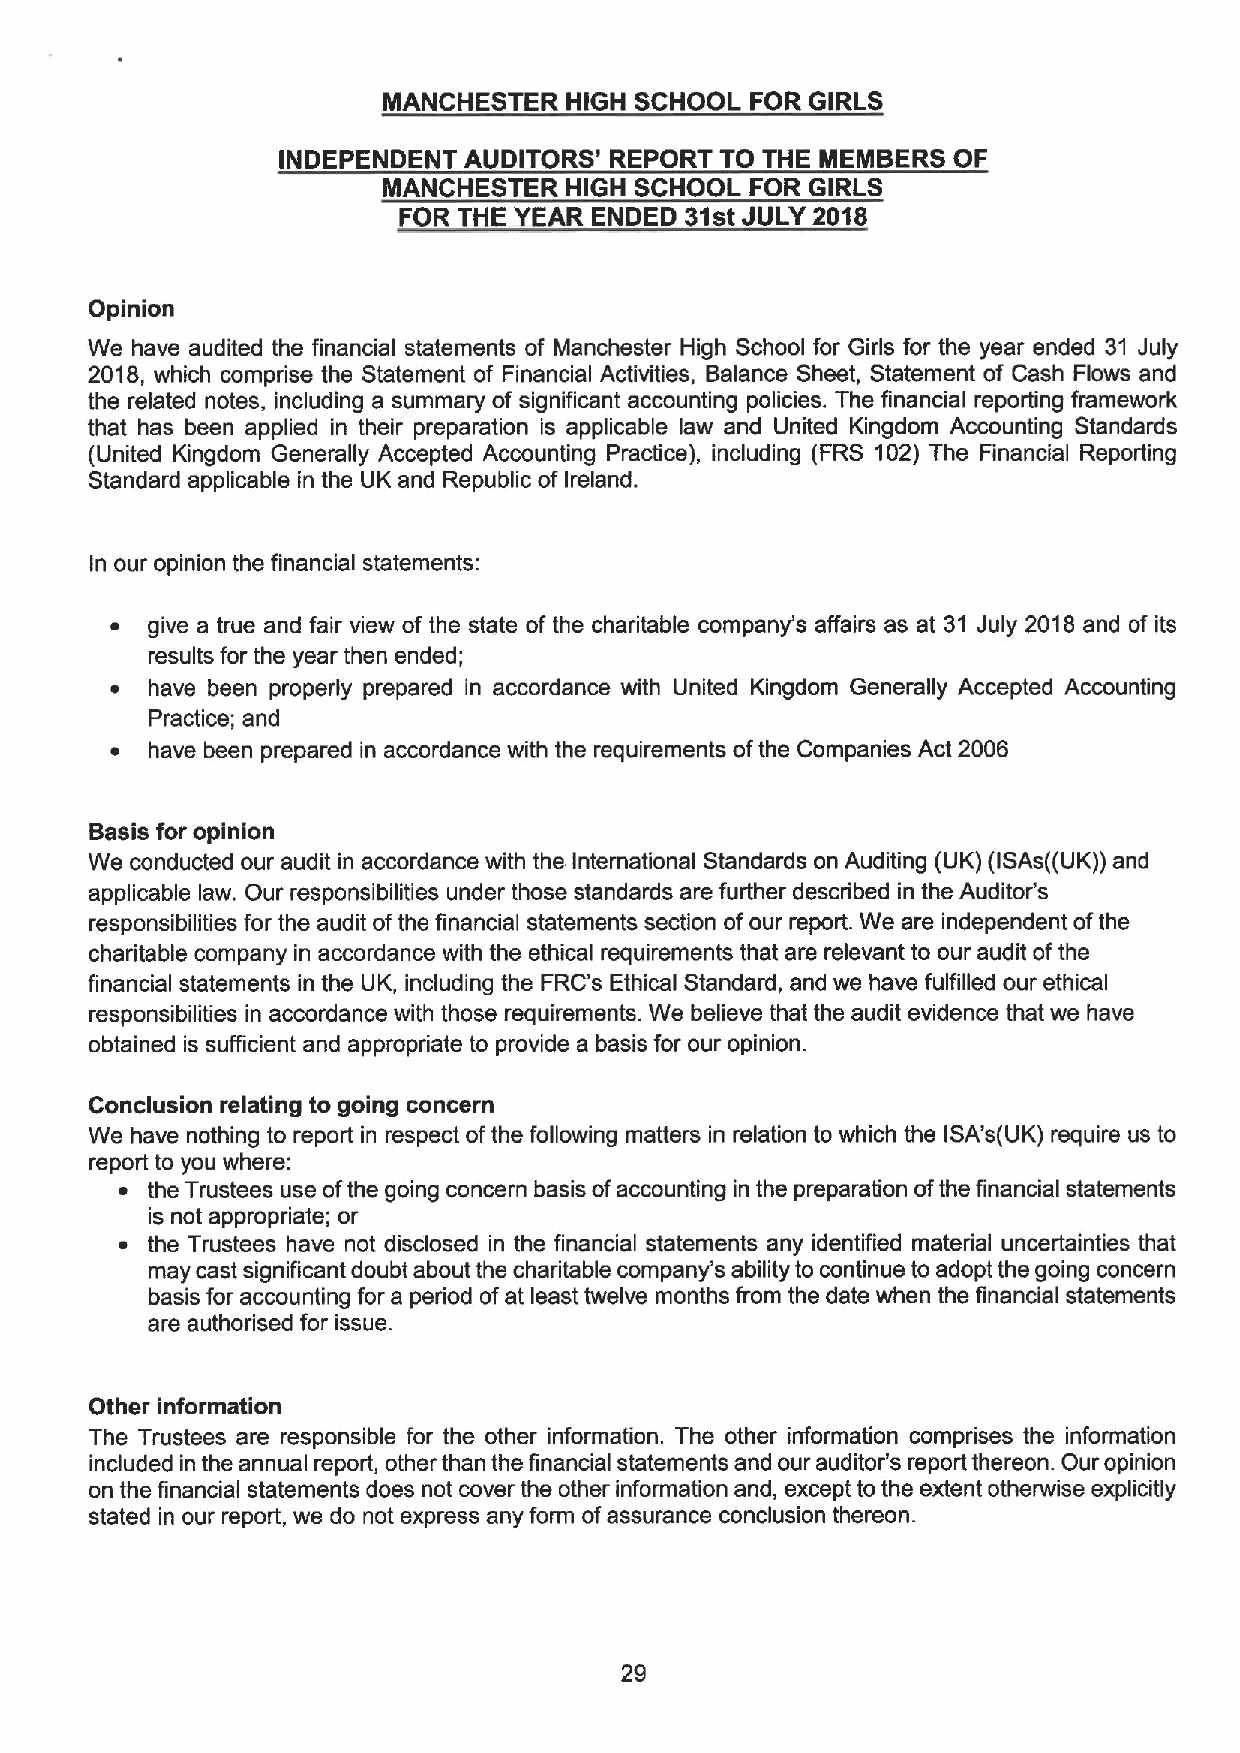
MANCHESTER  HIGH SCHOOL  FOR GIRLS
 INDEPENDENT  AUDITORS' REPORT TO THE MEMBERS OF
 MANCHESTER  HIGH SCHOOL  FOR GIRLS
 FOR THE YEAR ENDED 31stJULY 2018
 Opinion
 We have audited the financial statements of Manchester High School for Girls for the year ended 31 July
 2018, which comprise the Statement of Financial Activities, Balance Sheet, Statement of Cash Flows and
 the related notes, including a summary of significant accounting policies. The financial reporting framework
 that has been applied in their preparation is applicable law and United Kingdom Accounting Standards
 (United Kingdom Generally Accepted Accounting Practice), including (FRS 102) The Financial Reporting
 Standard applicable in the UK and Republic of Ireland.
 In our opinion the financial statements:
 ~  give a true and fair view of the state of the charitable company's affairs as at 31 July 2018 and of its
 results for the year then ended;
 ~  have been properly prepared in accordance with United Kingdom Generally Accepted Accounting
 Practice; and
 ~  have been prepared in accordance with the requirements ofthe Companies Act 2006
 Basis for opinion
 We conducted our audit in accordance with the International Standards on Auditing (UK) (ISAs((UK)) and
 applicable law. Our responsibilities under those standards are further described in the Auditor's
 responsibilities for the audit ofthe financial statements section ofour report. We are independent ofthe
 charitable company in accordance with the ethical requirements that are relevant to our audit ofthe
 financial statements in the UK, including the FRC's Ethical Standard, and we have fulfilled our ethical
 responsibilities in accordance with those requirements. We believe that the audit evidence that we have
 obtained is sufficient and appropriate to provide a basis for our opinion.
 Conclusion relating to going concern
 We have nothing to report in respect ofthe following matters in relation to which the ISA's(UK) require us to
 report to you where:
 ~ the Trustees use ofthe going concern basis ofaccounting in the preparation ofthe financial statements
 is not appropriate; or
 ~ the Trustees have not disclosed in the financial statements any identified material uncertainties that
 may cast significant doubt about the charitable company's ability to continue to adopt the going concern
 basis for accounting for a period ofat least twelve months from the date when the financial statements
 are authorised for issue.
 Other information
 The Trustees are responsible for the other information. The other information comprises the information
 included in the annual report, other than the financial statements and our auditor's report thereon. Our opinion
 on the financial statements does not cover the other information and, except to the extent otherwise explicitly
 stated in our report, we do not express any form ofassurance conclusion thereon.
 29